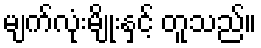
မျက်လုံးမျိုးနှင့် တူသည်။